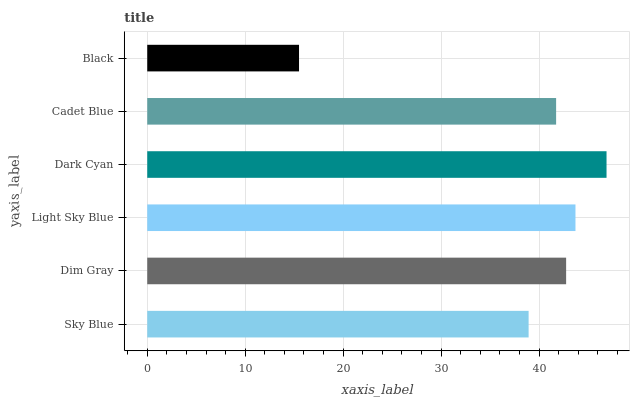
| yaxis_label | bars |
 | --- | --- |
 | Sky Blue | 38.9 |
 | Dim Gray | 42.8 |
 | Light Sky Blue | 43.7 |
 | Dark Cyan | 46.9 |
 | Cadet Blue | 41.7 |
 | Black | 15.5 |